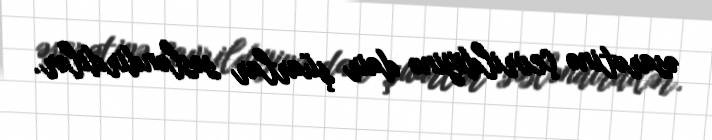
əsarətinə çevrildiyinə dair şüarlar səsləndirdilər.